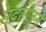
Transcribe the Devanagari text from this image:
मदतीतून